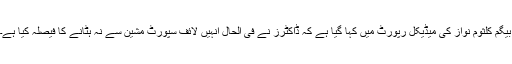
بیگم کلثوم نواز کی میڈیکل رپورٹ میں کہا گیا ہے کہ ڈاکٹرز نے فی الحال انہیں لائف سپورٹ مشین سے نہ ہٹانے کا فیصلہ کیا ہے۔